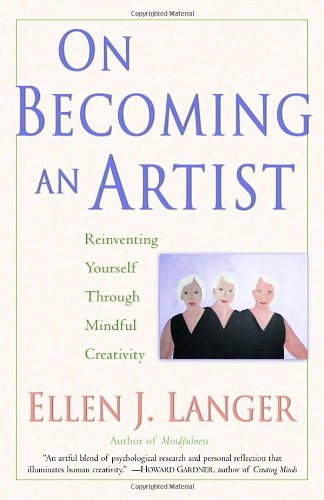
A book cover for On Becoming an Artist: Reinventing Yourself Through Mindful Creativity; Ellen J. Langer; Health, Fitness & Dieting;